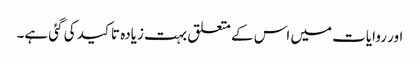
اور روایات میں اس کے متعلق بہت زیادہ تاکید کی گئی ہے۔